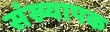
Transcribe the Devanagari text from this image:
संख्यापक